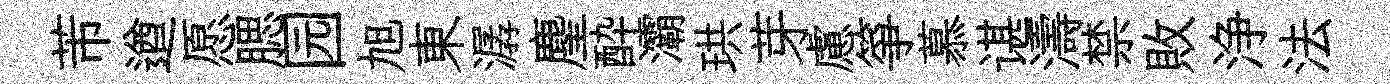
芾遒愿腮园旭東潺麈酔灞珙芽慮箏慕谌濤禁敗浄法